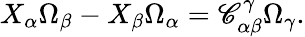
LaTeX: X_{\alpha}\Omega_{\beta}-X_{\beta}\Omega_{\alpha}=\mathscr{C}_{\alpha\beta}^{\gamma}\Omega_{\gamma}.